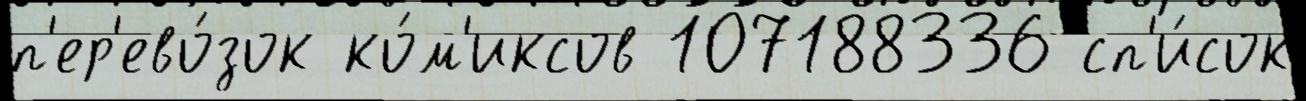
п'ер'ево́зок ко́м'иксов 107188336 сп'и́сок